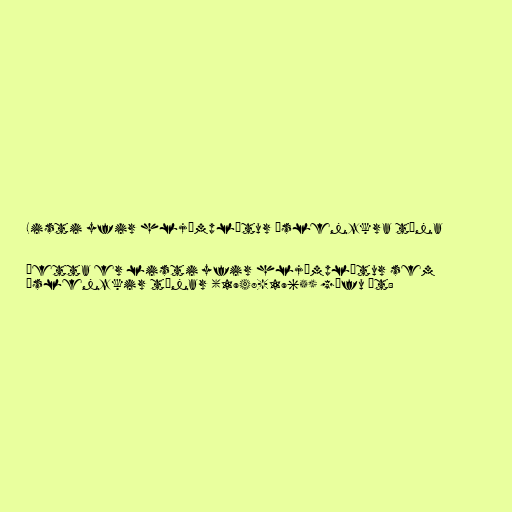
Listi yfir hljómplötur Íslenzkra tóna

Þetta er listi yfir hljómplötur sem
Íslenzkir tónar (1948-1965) gáfu út: